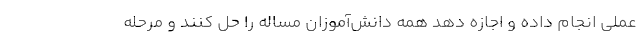
عملی انجام داده و اجازه دهد همه دانش‌آموزان مساله را حل کنند و مرحله